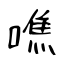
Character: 噍